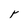
Character: r